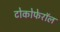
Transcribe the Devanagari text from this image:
टोकोफेरॉल